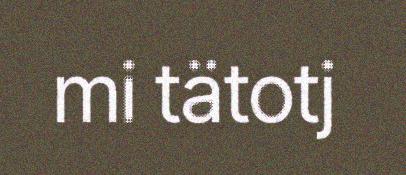
mi tätotj